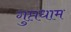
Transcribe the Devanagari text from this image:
गुप्तधाम